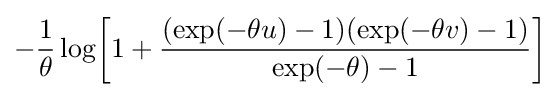
-{\frac {1}{\theta }}\log \!\left[1+{\frac {(\exp(-\theta u)-1)(\exp(-\theta v)-1)}{\exp(-\theta )-1}}\right]